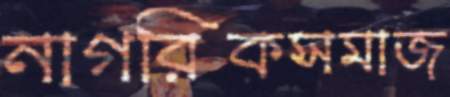
নাগরিকসমাজ